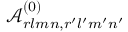
\mathcal { A } _ { r l m n , r ^ { \prime } l ^ { \prime } m ^ { \prime } n ^ { \prime } } ^ { ( 0 ) }